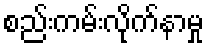
စည်းကမ်းလိုက်နာမှု